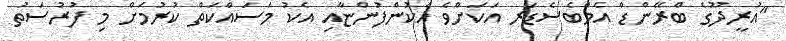
"އުރީދޫގެ ބްރޭންޑް އެމްބެސެޑަރ އަކަށްވެ އެކުންފުންޏާއި އެކު މަސައްކަތް ކުރުމަށް މި ފުރުސަތު